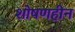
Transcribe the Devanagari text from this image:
शोषणहीन